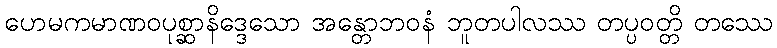
ဟေမကမာဏဝပုစ္ဆာနိဒ္ဒေသော အန္တောဘဝနံ ဘူတပါလဿ တပ္ပဝတ္တိ တဿေ